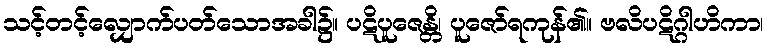
သင့်တင့်လျှောက်ပတ်သောအခါ၌။ ပဋိပူဇေန္တိ၊ ပူဇော်ရကုန်၏။ ဗလိပဋိဂ္ဂါဟိကာ၊